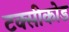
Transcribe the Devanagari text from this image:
टक्सीकोड